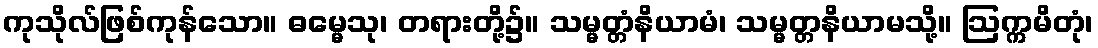
ကုသိုလ်ဖြစ်ကုန်သော။ ဓမ္မေသု၊ တရားတို့၌။ သမ္မတ္တံနိယာမံ၊ သမ္မတ္တနိယာမသို့။ ဩက္ကမိတုံ၊